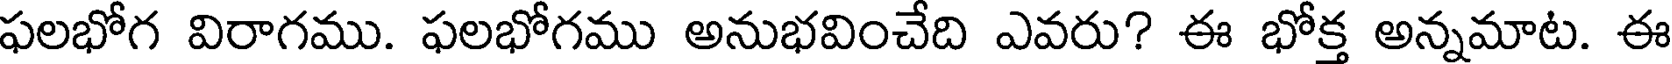
ఫలభోగ విరాగము. ఫలభోగము అనుభవించేది ఎవరు? ఈ భోక్త అన్నమాట. ఈ